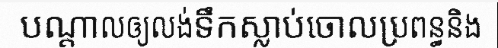
បណ្តាលឲ្យលង់ទឹកស្លាប់ចោលប្រពន្ធនិង